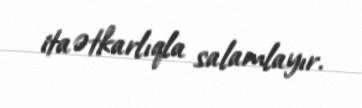
itaətkarlıqla salamlayır.